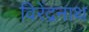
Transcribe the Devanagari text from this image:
विरेंद्रनाथ